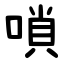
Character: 嗩